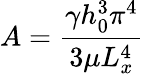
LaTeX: A=\frac{\gamma h_{0}^{3}\pi^{4}}{3\mu L_{x}^{4}}